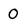
Character: 0